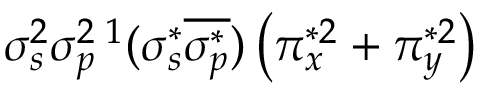
\sigma _ { s } ^ { 2 } \sigma _ { p } ^ { 2 } { } \, ^ { 1 } ( \sigma _ { s } ^ { * } \overline { { \sigma _ { p } ^ { * } } } ) \left( \pi _ { x } ^ { * 2 } + \pi _ { y } ^ { * 2 } \right)